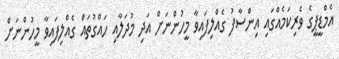
އެމްޑީޕީގެ ވެރިކަމެއްގައި އިންސާފު ގެއްލިފައިވާ މީހުންނަށް އަދި މުދަލާއި ހައްގުތައް ގެއްލިފައިވާ މީހުންނަށް